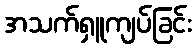
အသက်ရှူကျပ်ခြင်း